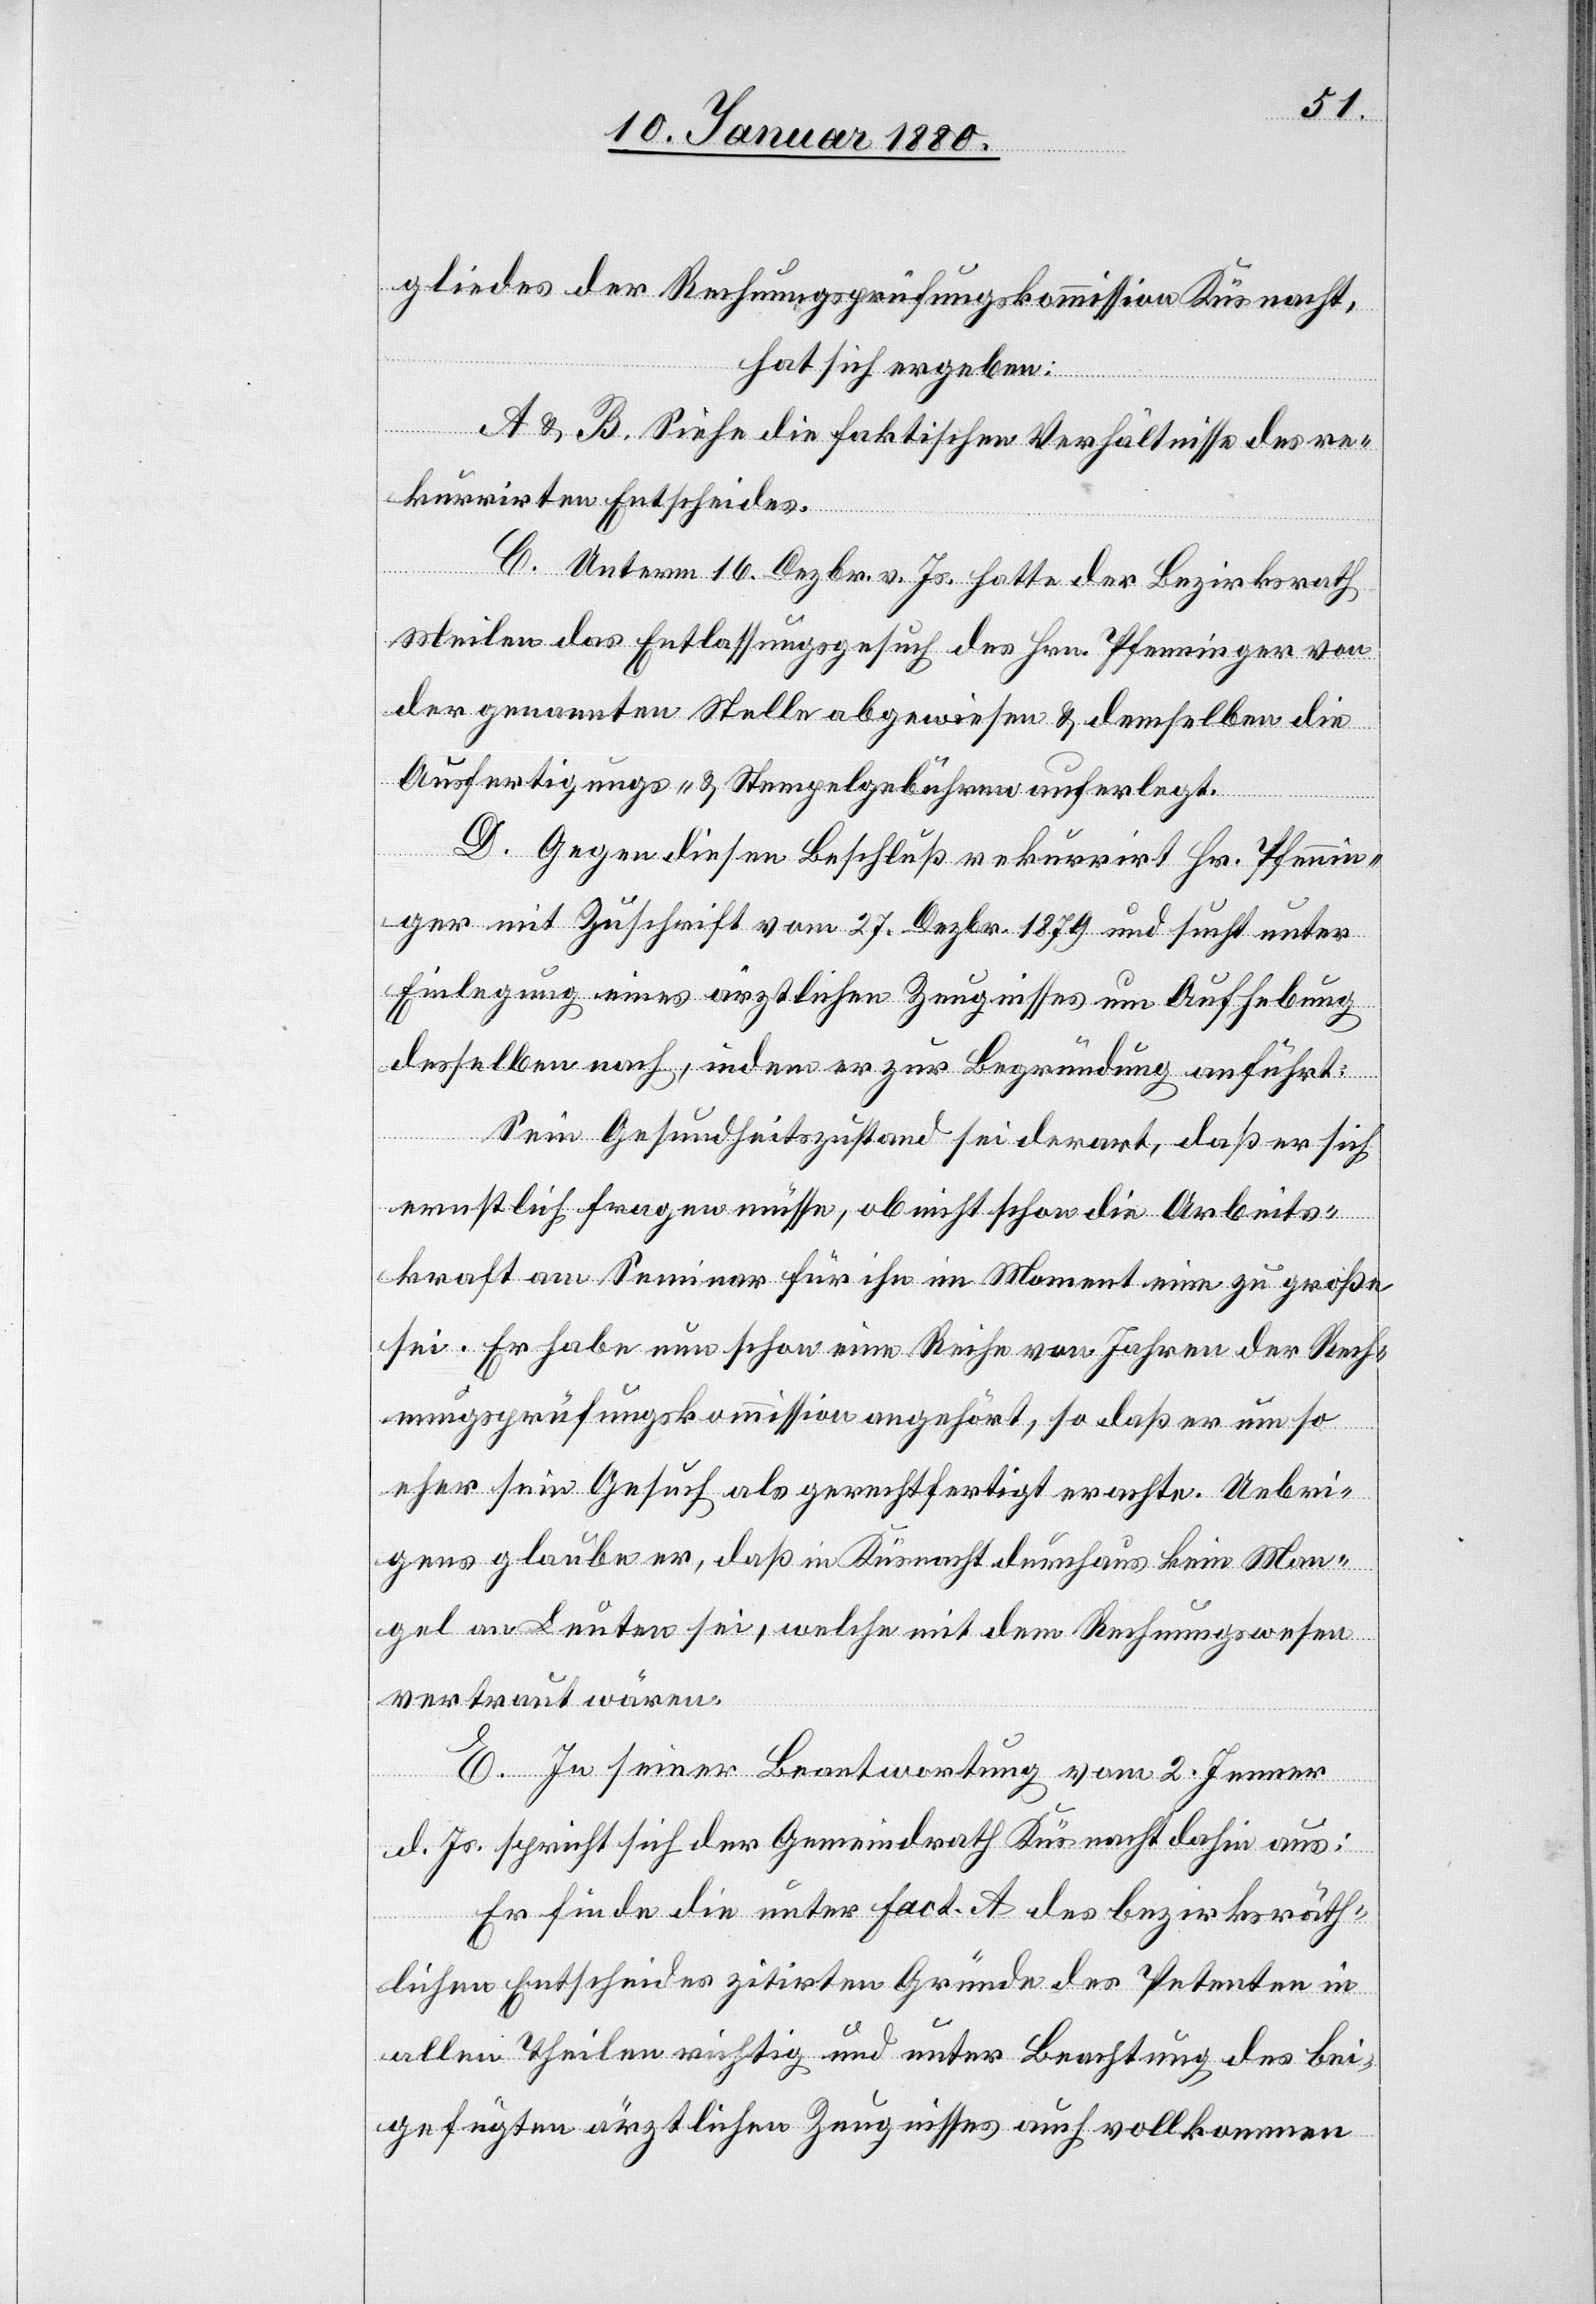
gliedes der Rechnungsprüfungskommission Küsnacht,
hat sich ergeben:
A & B. Siehe die faktischen Verhältnisse des re¬
kurrirten Entscheides.
C. Unterm 16. Dezbr. v. Js. hatte der Bezirksrath
Meilen das Entlassungsgesuch des Hrn. Pfenninger von
der genannten Stelle abgewiesen & demselben die
Ausfertigungs- & Stempelgebühren auferlegt.
D. Gegen diesen Beschluß rekurrirt Hr. Pfennin¬
ger mit Zuschrift vom 27. Dezbr. 1879 und sucht unter
Einlegung eines ärztlichen Zeugnisses um Aufhebung
desselben nach, indem er zur Begründung anführt:
Sein Gesundheitszustand sei derart, daß er sich
ernstlich fragen müsse, ob nicht schon die Arbeits¬
kraft am Seminar für ihn im Moment eine zu große
sei. Er habe nun schon eine Reihe von Jahren der Rech¬
nungsprüfungskommission angehört, so daß er um so
eher sein Gesuch als gerechtfertigt erachte. Uebri¬
gens glaube er, daß in Küsnacht durchaus kein Man¬
gel an Leuten sei, welche mit dem Rechnungswesen
vertraut wären.
E. In seiner Beantwortung vom 2. Jenner
d. Js. spricht sich der Gemeindrath Küsnacht dahin aus:
Er finde die unter Fact. A des bezirksräth¬
lichen Entscheides zitirten Gründe des Petenten in
allen Theilen richtig und unter Beachtung der bei¬
gefügten ärztlichen Zeugnisses auch vollkommen